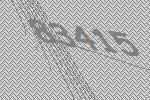
83415